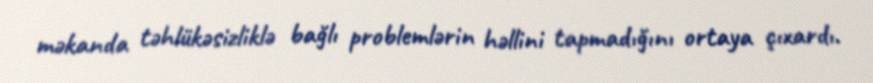
məkanda təhlükəsizliklə bağlı problemlərin həllini tapmadığını ortaya çıxardı.